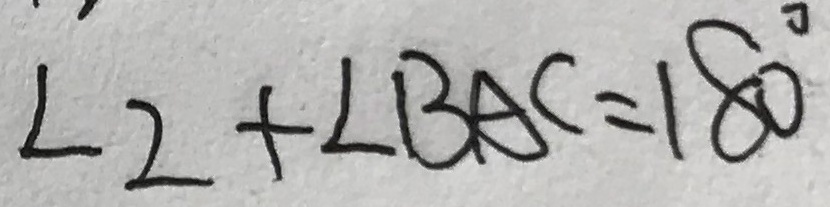
\angle 2 + \angle B A C = 1 8 0 ^ { \circ }